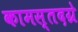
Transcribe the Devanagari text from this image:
कामस्तदग्रे